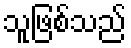
သူဖြစ်သည်